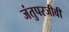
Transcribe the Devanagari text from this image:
जंतुपरजीवी